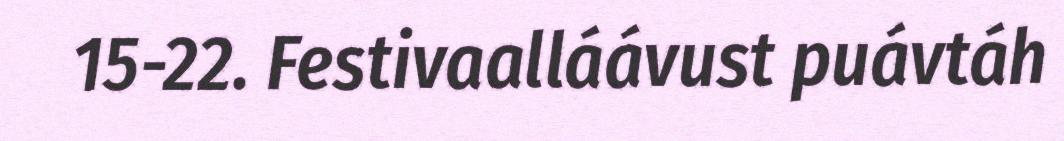
15-22. Festivaalláávust puávtáh